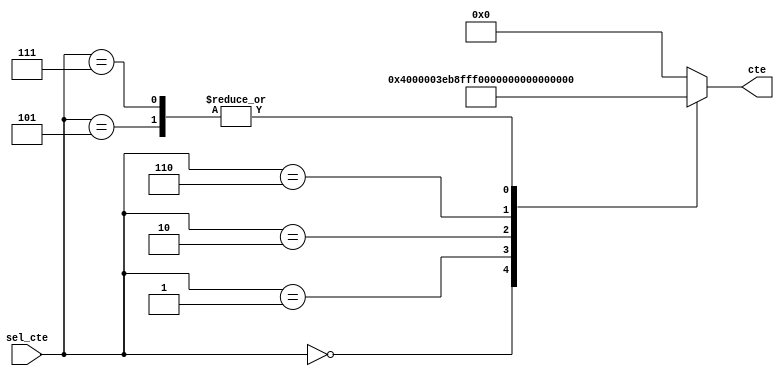
`timescale 1ns / 1ps
//////////////////////////////////////////////////////////////////////////////////
// Company: 
// Engineer: 
// 
// Design Name: 
// Module Name:    mux_ctes 
// Project Name: 
// Target Devices: 
// Tool versions: 
// Description: 
//
// Dependencies: 
//
// Revision: 
// Revision 0.01 - File Created
// Additional Comments: 
//
//////////////////////////////////////////////////////////////////////////////////
module ctes_200#(parameter cant_bits = 25)(
					input wire [3:0] sel_cte,
					output reg [cant_bits-1:0] cte
    );


always @ *
		case(sel_cte)
			4'b0000:	cte = 25'h4000;
			4'b0001:	cte = 25'h7D71;
			4'b0010:	cte = 25'h1FFC287;
			4'b0101:	cte = 25'h3;
			4'b0110:	cte = 25'h7;
			4'b0111:	cte = 25'h3;
			default: cte = 25'h0;
		endcase
endmodule